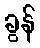
ခွန်